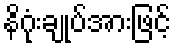
နိဂုံးချုပ်အားဖြင့်